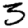
Digit: 3